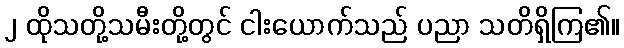
၂ ထိုသတို့သမီးတို့တွင် ငါးယောက်သည် ပညာ သတိရှိကြ၏။